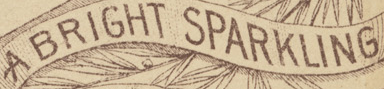
A BRIGHT SPARKLING